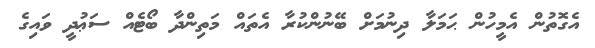
އެގޮތުން އެމީހުން ޙަމަލާ ދިނުމަށް ބޭނުންކުރާ އެތައް މަތިންދާ ބޯޓެއް ސަޢުދީ ވައިގެ